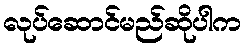
လုပ်ဆောင်မည်ဆိုပါက